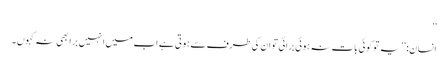
‘‘
انسان: ’’یہ تو کوئی بات نہ ہوئی برائی تو ان کی طرف سے ہوتی ہے اب میں انہیں برا بھی نہ کہوں ۔